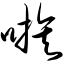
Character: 嗾